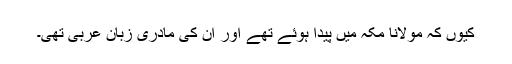
کیوں کہ مولانا مکہ میں پیدا ہوئے تھے اور ان کی مادری زبان عربی تھی۔